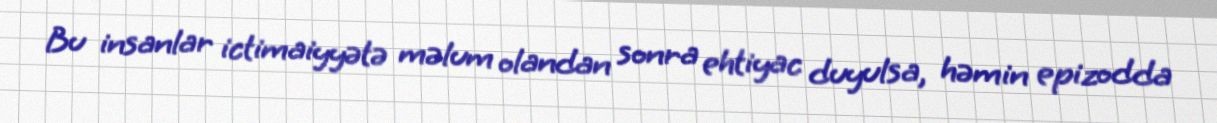
Bu insanlar ictimaiyyətə məlum olandan sonra ehtiyac duyulsa, həmin epizodda